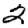
Digit: 2